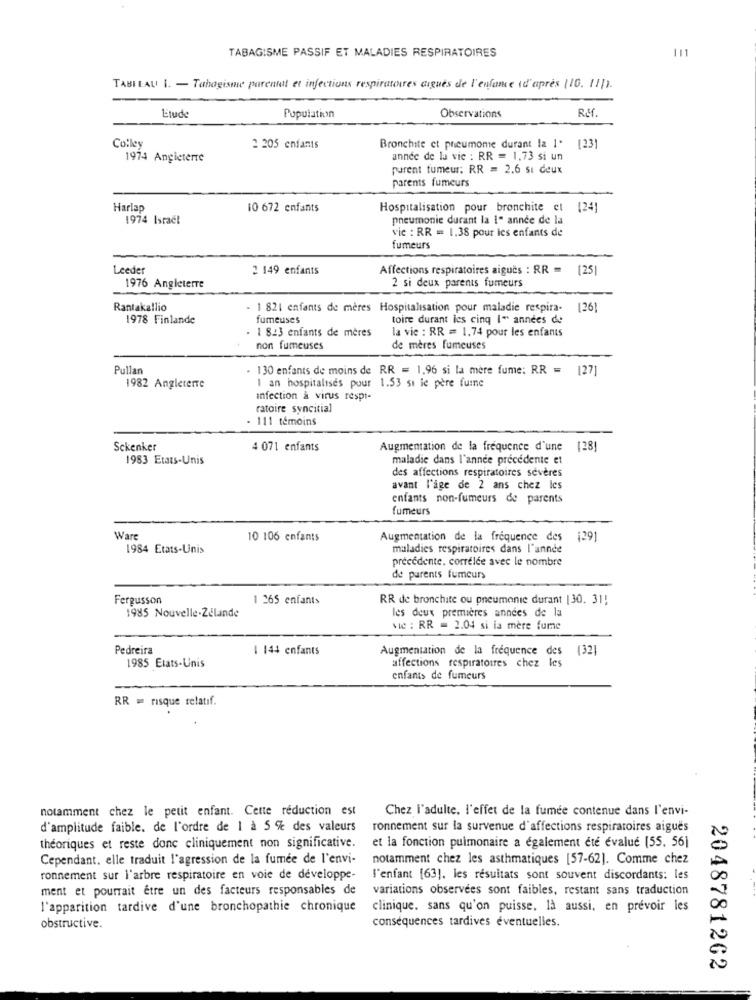
111
TABAGISME PASSIF ET MALADIES RESPIRATOIRES
TABLEAU 1. - Tabagisme parentat et infections respiratoires digues de l'enfance (d'après (10. 11]).
R.M .
Etude
Population
Observations
Colley
2 205 enfants
Bronchite ct pneumome durant la 1. [23]
1974 Angleterre
année de la vic : RR = 1,73 si un
purent tumeur: RR = 2.6 sı deux
parents fumeurs
Harlap
10 672 enfants
Hospitalisation pour bronchite et
[24]
1974 Israël
pneumonie durant la I" année de la
vic : RR = 1.38 pour les enfants de
fumeurs
Leeder
2 149 enfants
Affections respiratoires aiguës : RR
2 si deux parents fumeurs
1976 Angleterre
Rantakallio
- 1 821 enfants de mères Hospitalisation pour maladie respira- [26]
1978 Finlande
fumeuses
toire durant les cinq I" années de
. 1 843 enfants de mères
la vic : RR = 1.74 pour les enfants
non fumeuses
de mères fumeuses
Pullan
. 130 enfants de moins de RR = 1,96 si la mère fume: RR = [27]
1 an hospitalises pour 1.53 si le père fuine
1982 Angleterre
infection a virus respi-
ratoire syncitial
. 111 témoins
Sckenker
4 071 enfants
Augmentation de la fréquence d'une 128!
1983 Etats-Unis
maladie dans l'année précédente et
des affections respiratoires sévères
avant l'age de 2 ans chez les
enfants non-fumeurs de parents
fumeurs
Wars
10 106 enfants
Augmentation de la fréquence des
(29)
1984 Etats-Unis
maladies respiratoires dans l'année
précédente. corrélée avec le nombre
de parents fumeurs
Fergusson
1 265 enfants
RR de bronchite ou pneumonie durant [30. 31!
1985 Nouvelle-Zélande
les deux premières années de la
vic : RR = 2.04 si la mère fume
Pedreira
1 144 enfants
Augmentation de la fréquence des (32]
affections respiratoires chez les
1985 Etats-Unis
enfants de fumeurs
RR = risque relatif.
notamment chez le petit enfant. Cette reduction est
Chez l'adulte. l'effet de la fumée contenue dans l'envi-
d'amplitude faible. de l'ordre de 1 à 5 % des valeurs
ronnement sur la survenue d'affections respiratoires aigues
théoriques et reste donc cliniquement non significative.
et la fonction pulmonaire a également été évalue [55. 56]
Cependant. elle traduit l'agression de la fumée de l'envi-
notamment chez les asthmatiques [57-62]. Comme chez
ronnement sur l'arbre respiratoire en voie de developpe-
l'enfant [63]. les résultats sont souvent discordants: les
ment et pourrait être un des facteurs responsables de
variations observees sont faibles, restant sans traduction
l'apparition tardive d'une bronchopathie chronique
clinique. sans qu'on puisse. la aussi, en prevoir les
conséquences tardives éventuelles.
obstructive.
2048781262